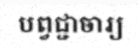
បព្វជ្ជាចារ្យ